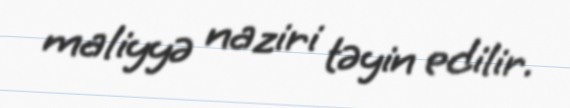
maliyyə naziri təyin edilir.